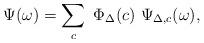
LaTeX: \begin{align*}\Psi(\omega) = \sum_c \ \Phi_\Delta(c)\ \Psi_{\Delta,c}(\omega),\end{align*}